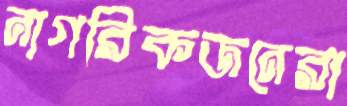
নাগরিকজনেরা